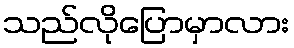
သည်လိုပြောမှာလား